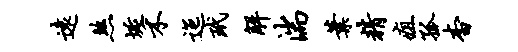
远煞埏禾迤玳解湍叶精疽孤杳